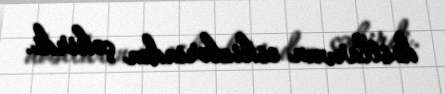
dostlarının eskizlərindən çəkirdi.